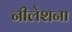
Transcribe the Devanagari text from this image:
नीलेशना